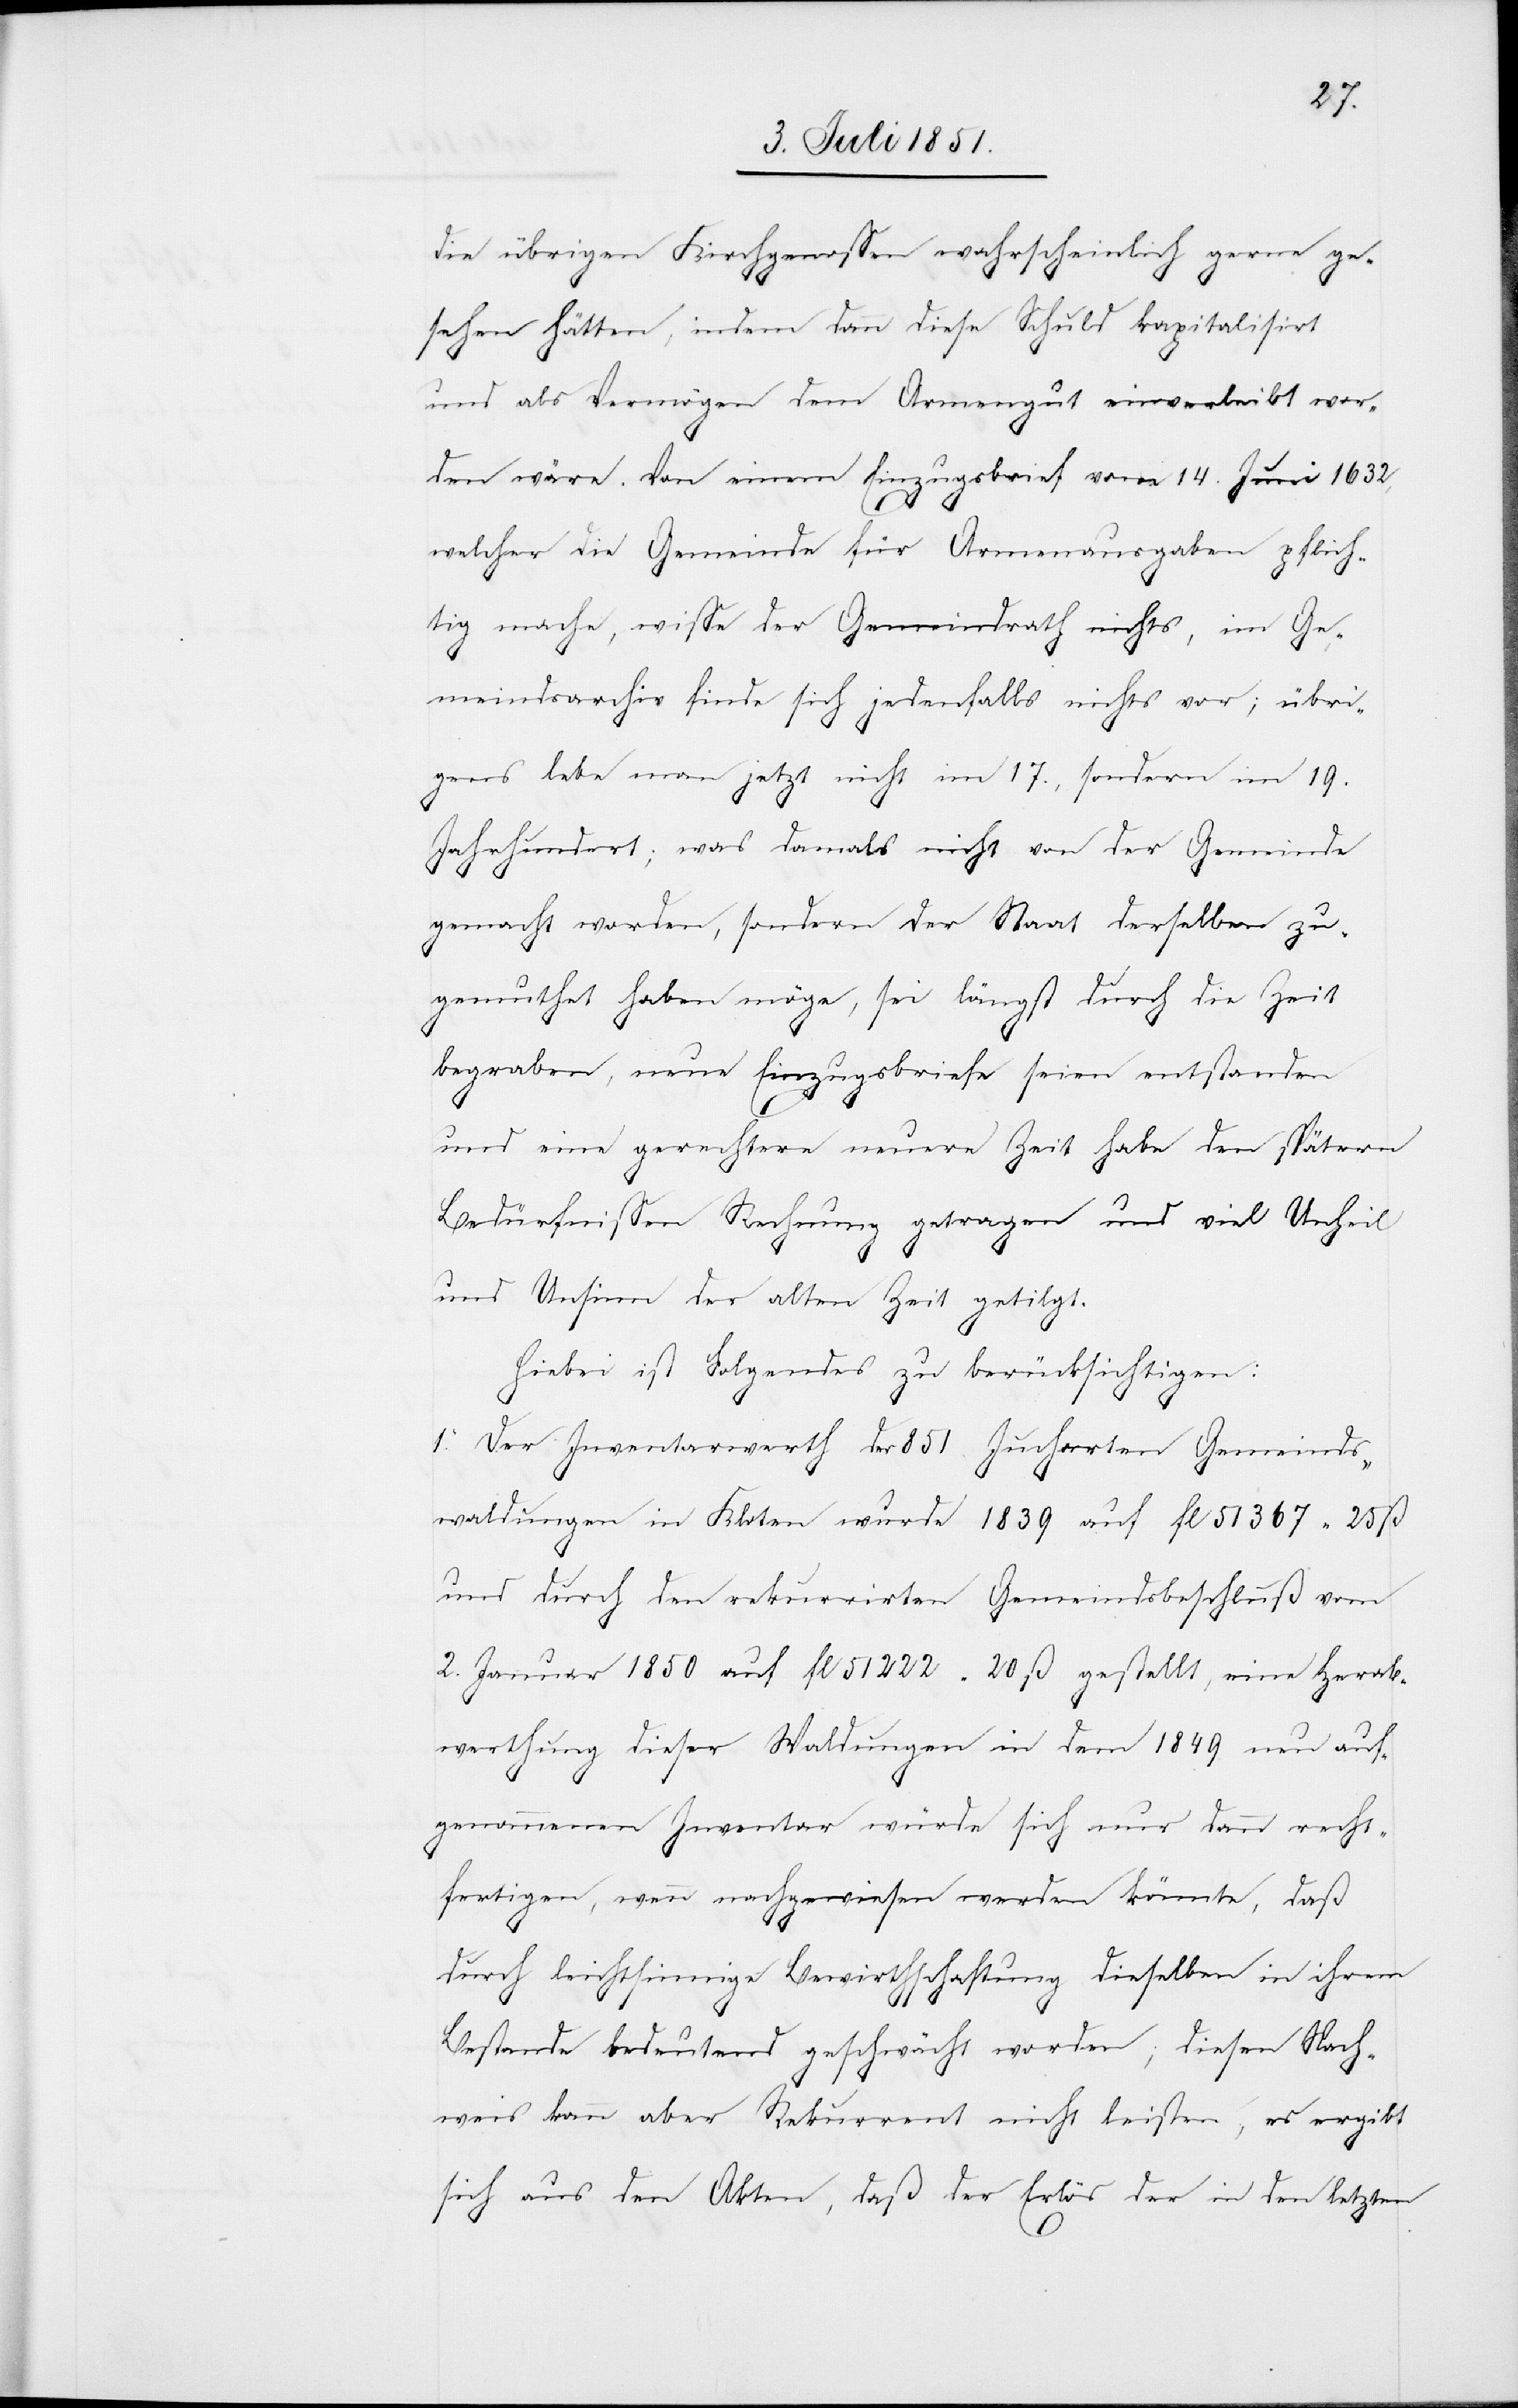
die übrigen Kirchgenossen wahrscheinlich gerne ge¬
sehen hätten, indem dann diese Schuld kapitalisirt
und als Vermögen dem Armengut einverleibt wor¬
den wäre. Von einem Einzugsbrief vom 14. Juni 1632,
welcher die Gemeinde für Armenausgaben pflich¬
tig mache, wisse der Gemeindrath nichts, im Ge¬
meindsarchiv finde sich jedenfalls nichts vor; übri¬
gens lebe man jetzt nicht im 17., sondern im 19.
Jahrhundert; was damals nicht von der Gemeinde
gemacht worden, sondern der Staat derselben zu¬
gemuthet haben möge, sei längst durch die Zeit
begraben, neue Einzugsbriefe seien entstanden
und eine gerechtere neuere Zeit habe den spätern
Bedürfnissen Rechnung getragen und viel Unheil
und Unsinn der alten Zeit getilgt.
Hiebei ist Folgendes zu berücksichtigen:
1. Der Inventarwerth der 851 Jucharten Gemeinds¬
waldungen in Kloten wurde 1839 auf fl 51 367 25 ß
und durch den rekurrirten Gemeindsbeschluß vom
2. Januar 1850 auf fl 51 222 20 ß gestellt, eine Herab¬
werthung dieser Waldungen in dem 1849 neu auf¬
genommenen Inventar würde sich nur dann recht¬
fertigen, wenn nachgewiesen werden könnte, daß
durch leichtsinnige Bewirthschaftung dieselben in ihrem
Bestande bedeutend geschwächt worden; diesen Nach¬
weis kann aber Rekurrent nicht leisten; es ergibt
sich aus den Akten, daß der Erlös der in den letzten